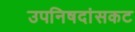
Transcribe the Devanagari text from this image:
उपनिषदांसकट